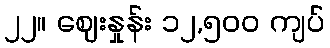
၂၂။ ဈေးနှုန်း ၁၂,၅၀၀ ကျပ်